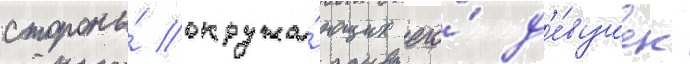
стороны́ окружа́ющих его́ д'е́вушек